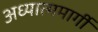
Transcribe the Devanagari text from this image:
अध्यात्ममार्गी